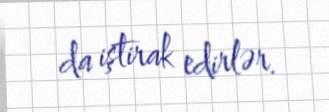
da iştirak edirlər.